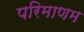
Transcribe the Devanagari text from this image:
परिमाणम